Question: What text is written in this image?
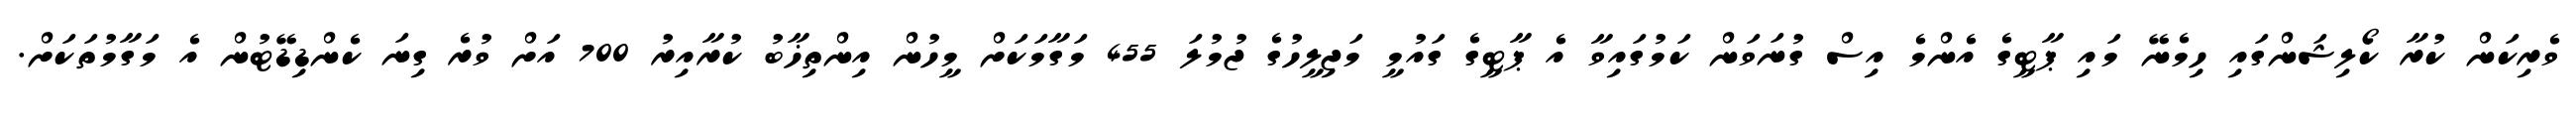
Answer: ވެރިކަން ކުރާ ކޯލިޝަންގައި ހިމެނޭ މައި ޕާޓީގެ އެންމެ އިސް ގުނަވަން ކަމުގައިވާ އެ ޕާޓީގެ ގައުމީ މަޖިލީހުގެ ޖުމުލަ 455 މަގާމަކަށް މީހުން އިންތިޚާބު ކުރާއިރު 700 އަށް ވުރެ ގިނަ ކެންޑިޑޭޓުން އެ މަގާމުތަކަށް.